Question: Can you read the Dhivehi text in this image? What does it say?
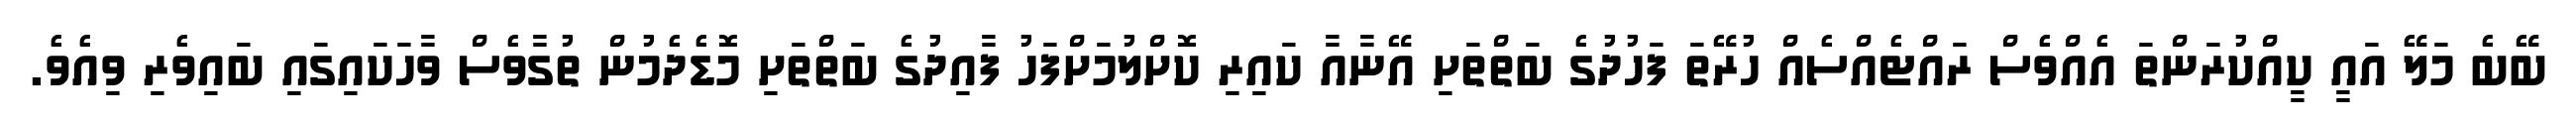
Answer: ބޭބެ މަލޭ އައީ ކީއްކުރަންތަ އެއްވެސް ރައްޓެއްސެއް ހުރޭތަ ފަހުދުގެ ބަތްތަށި އޭނާއާ ކައިރި ކޮށްލުމަށްފަހު ފާއިދުގެ ބަތްތަށި މޮޑެދެމުން ތުގާވެސް ވާހަކައިގައި ބައިވެރި ވިއެވެ.